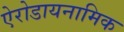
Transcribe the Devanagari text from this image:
ऐरोडायनामिक